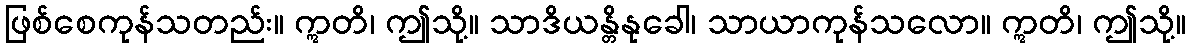
ဖြစ်စေကုန်သတည်း။ ဣတိ၊ ဤသို့။ သာဒိယန္တိနုခေါ၊ သာယာကုန်သလော။ ဣတိ၊ ဤသို့။